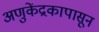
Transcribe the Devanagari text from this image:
अणुकेंद्रकापासून